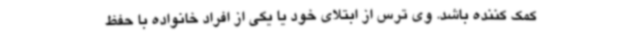
کمک کننده باشد. وی ترس از ابتلای خود یا یکی از افراد خانواده با حفظ